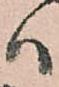
ハ